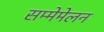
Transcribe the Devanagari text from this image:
सम्मेमेलन